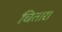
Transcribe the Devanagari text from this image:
चितारा